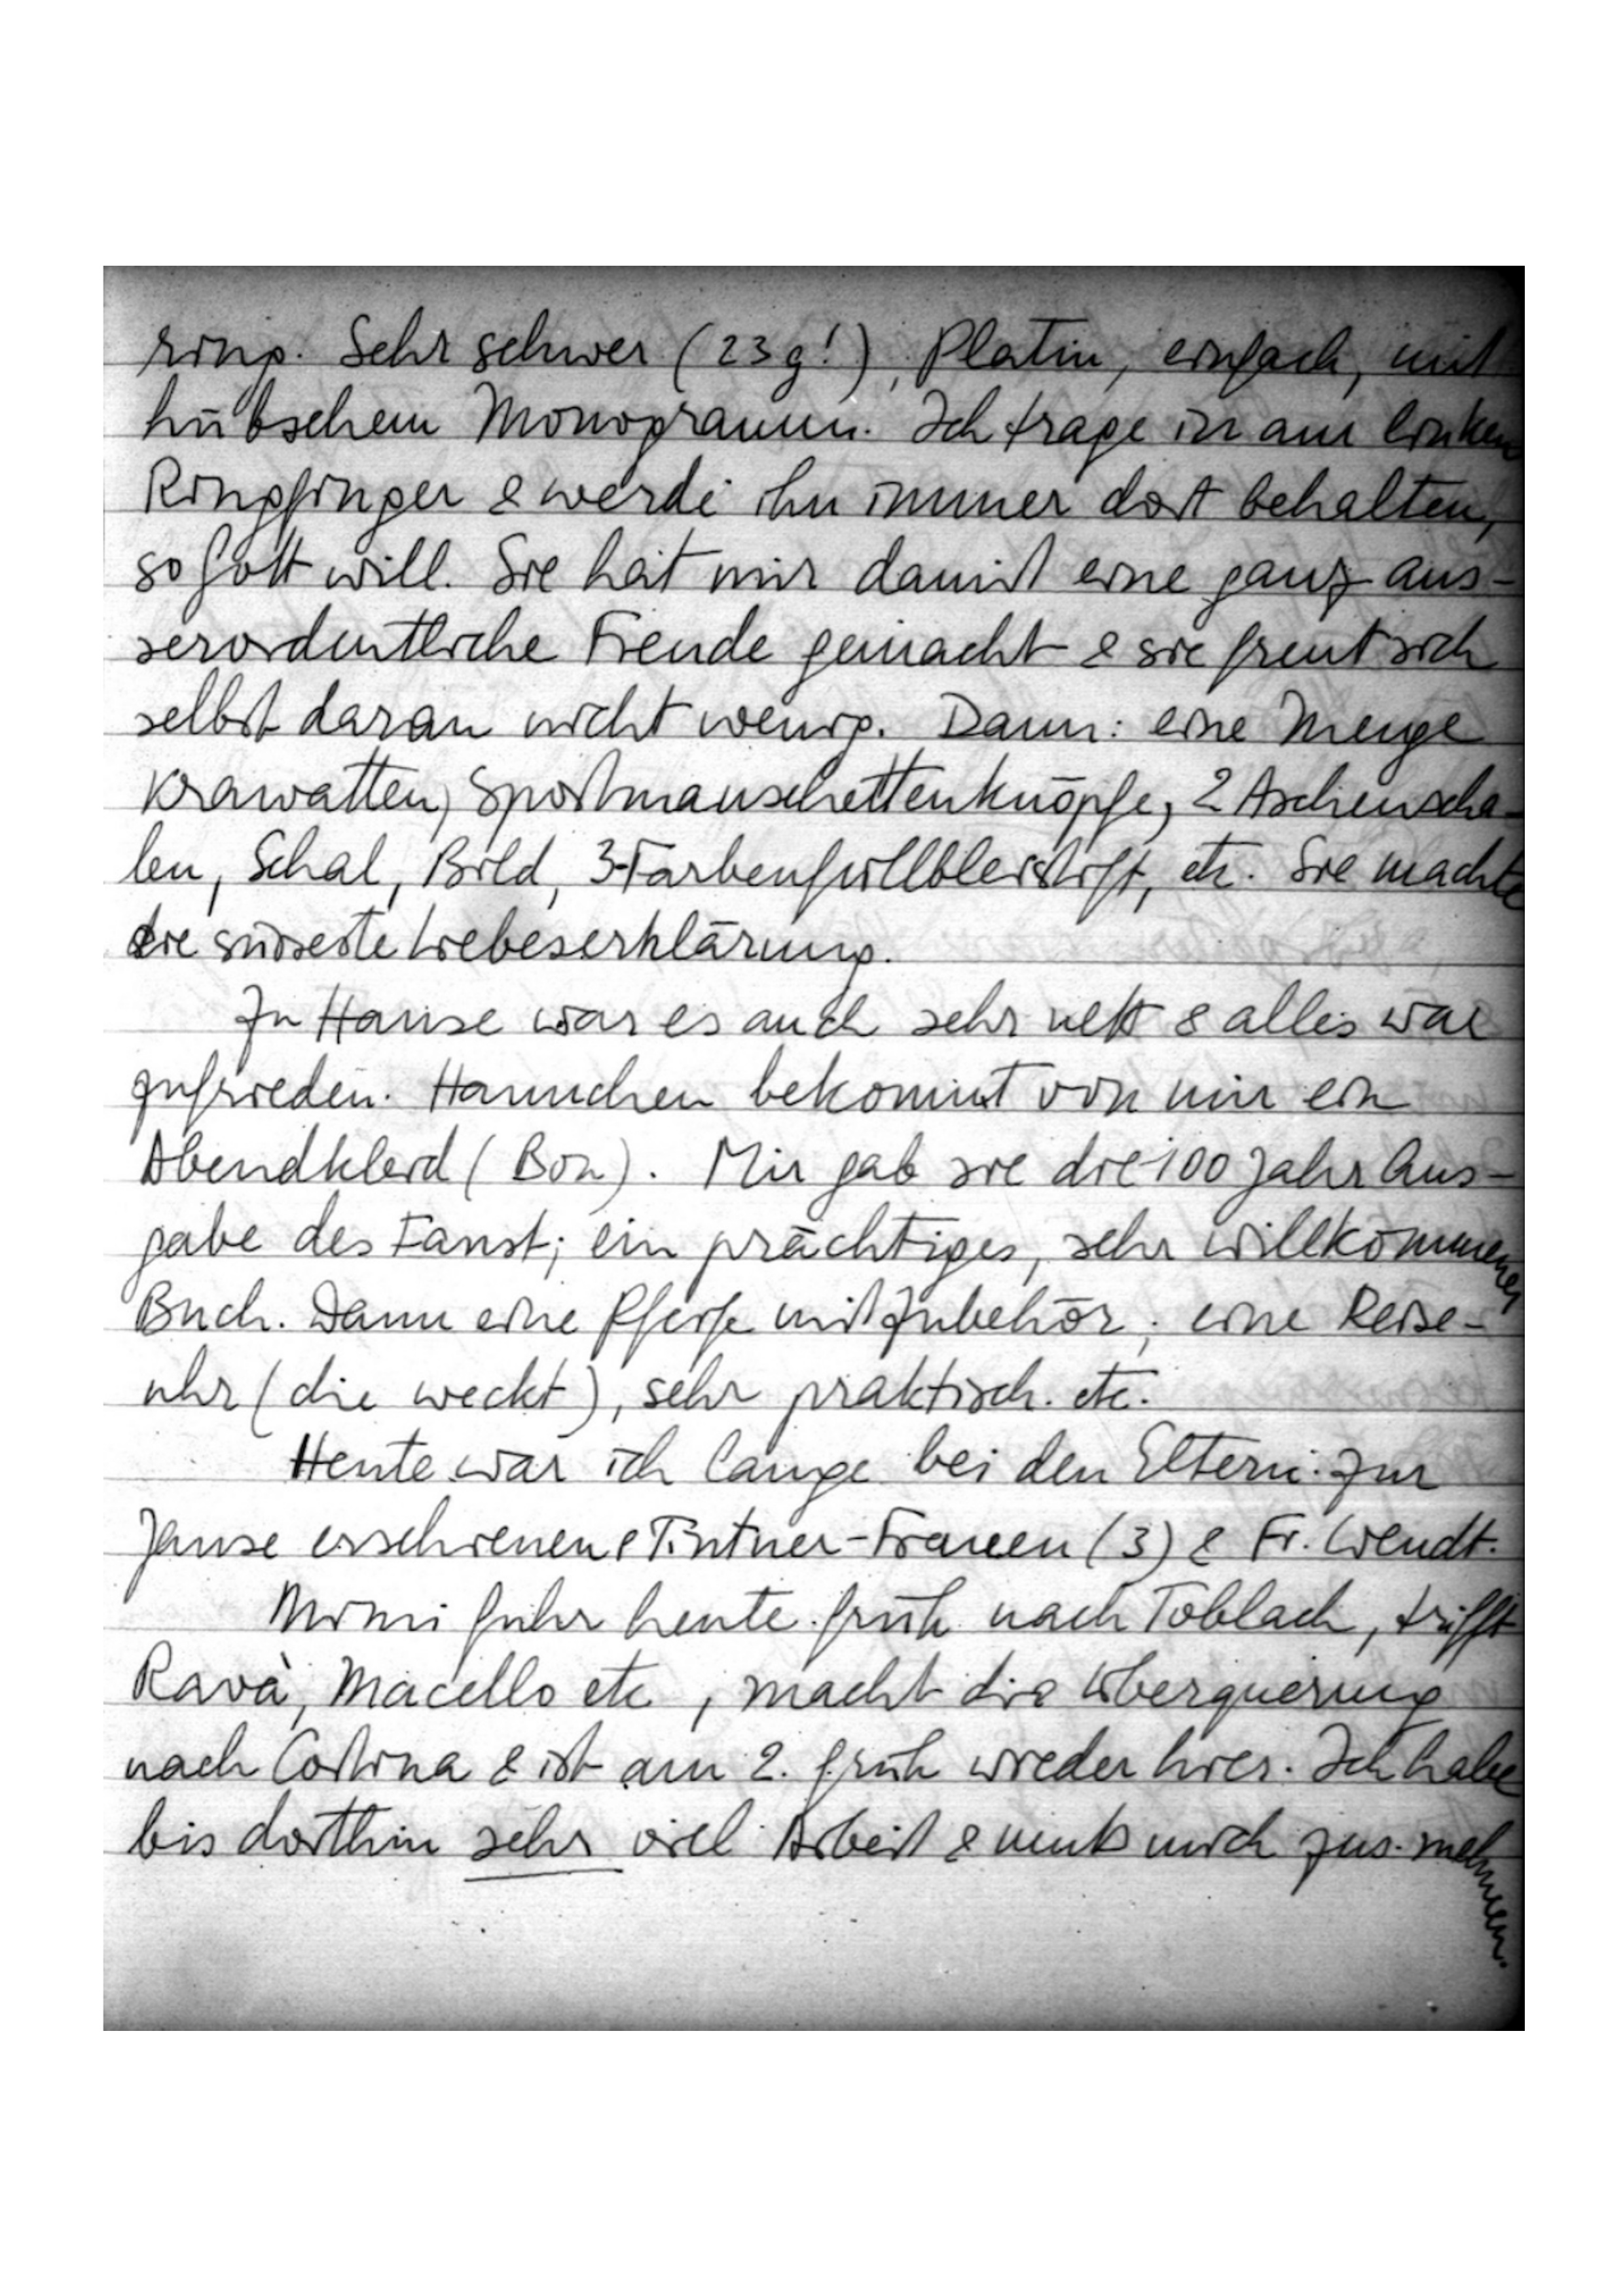
ring. Sehr schwer (23g!), Platin, einfach, mit
hübschem Monogramm. Ich trage ihn am linken
Ringfinger & werde ihn immer dort behalten,
so Gott will. Sie hat mir damit eine ganz aus
serordentliche Freude gemacht & sie freut sich
selbst daran nicht wenig. Dann: eine Menge
Krawatten, Sportmanschettenknöpfe, 2 Aschenscha
len, Schal, Bild, 3-Farbenfüllbleistift, etc. Sie machte
die süßeste Liebeserklärung.
Zu Hause war es auch sehr nett & alles war
zufrieden. Hannchen bekommt von mir ein
Abendkleid (Bon). Mir gab sie die 100 Jahr Aus
gabe des Faust; ein prächtiges, sehr willkommenes
Buch. Dann eine Pfeife mit Zubehör; eine Reise-
uhr (die weckt), sehr praktisch. etc.
Heute war ich lange bei den Eltern. Zur
Jause erschienen ...-Frauen (3) & Fr. Wendt.
Mimi fuhr heute früh nach Toblach, trifft
Ravà, Macello etc., macht die Überquerung
nach Cortina & ist am 2. früh wieder hier. Ich habe
bis dorthin sehr viel Arbeit & muß mich zus.nehmen.